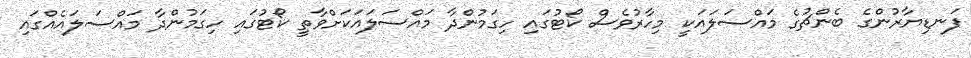
ފަނޑިޔާރުންގެ ބެންޗުގެ މައްސަލައަކީ މިހާރުވެސް ކޯޓުގައި ހިގަމުންދާ މައްސަލައަކަށްވާތީ ކޯޓުގައި ހިގަމުންދާ މައްސަލައެއްގައި